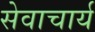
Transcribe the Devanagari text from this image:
सेवाचार्य